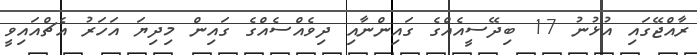
ރާއްޖޭގައި އުޅުނު 17 ބިދޭސީއެއްގެ ގައިންނާއި ދިވެއްސެއްގެ ގައިން މިދިޔަ އަހަރު އެޗްއައިވީ